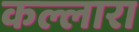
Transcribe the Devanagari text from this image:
कल्लारा